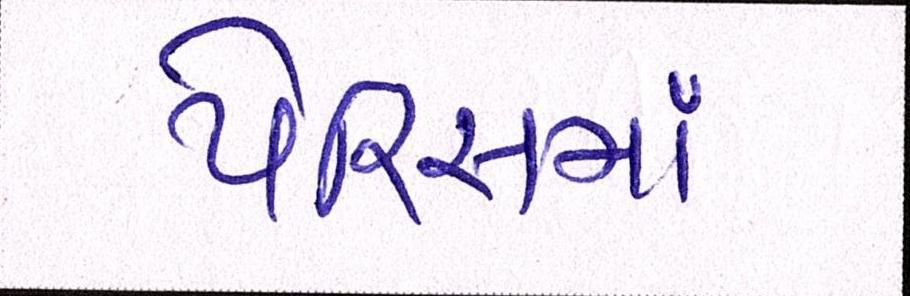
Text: પેરિસમાં